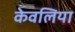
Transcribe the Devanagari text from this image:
केवलिया